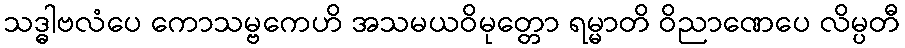
သဒ္ဓါဗလံပေ ကောသမ္ဗကေဟိ အသမယဝိမုတ္တော ရမ္မာတိ ဝိညာဏေပေ လိမ္ပတီ